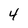
Character: 4